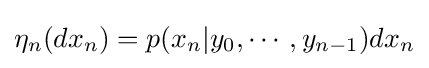
\eta _{n}(dx_{n})=p(x_{n}|y_{0},\cdots ,y_{n-1})dx_{n}